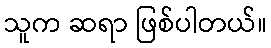
သူက ဆရာ ဖြစ်ပါတယ်။